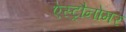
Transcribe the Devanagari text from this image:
ऐस्ट्रौनोमर